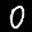
Label: 0